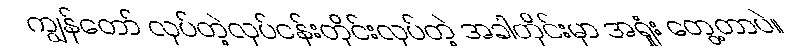
ကျွန်တော် လုပ်တဲ့လုပ်ငန်းတိုင်းလုပ်တဲ့ အခါတိုင်းမှာ အရှုံး တွေ့တာပဲ။